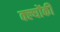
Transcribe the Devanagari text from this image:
क्ल्योंकी